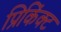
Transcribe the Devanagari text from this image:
प्रिकिंक्ट